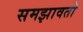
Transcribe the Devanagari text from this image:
समझावतो